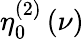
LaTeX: \eta_{0}^{\left(2\right)}\left(\nu\right)